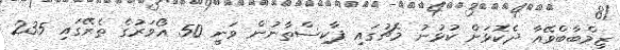
ޒިމްބާބްވޭއާ ދެކޮޅަށް ކުޅުނު މެޗުގައި ޕާކިސްތާނުން ވަނީ 50 އޯވަރުގެ ތެރޭގައި 235